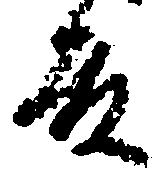
殿